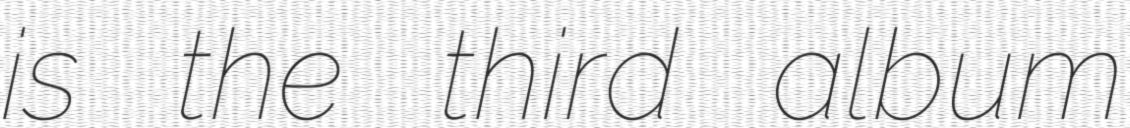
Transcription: is the third album